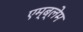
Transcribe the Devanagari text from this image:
एम्ब्लेम